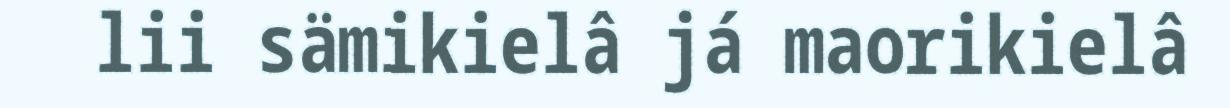
lii sämikielâ já maorikielâ